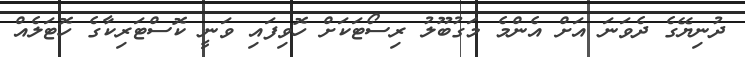
ދުނިޔޭގެ ދެވަނަ އަށް އެންމެ މަގުބޫލު ރިސޯޓަކަށް ހޮވިފައި ވަނީ ކޮސްޓަރިކާގެ ހޮޓަލެއް